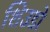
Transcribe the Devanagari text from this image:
शिउडो